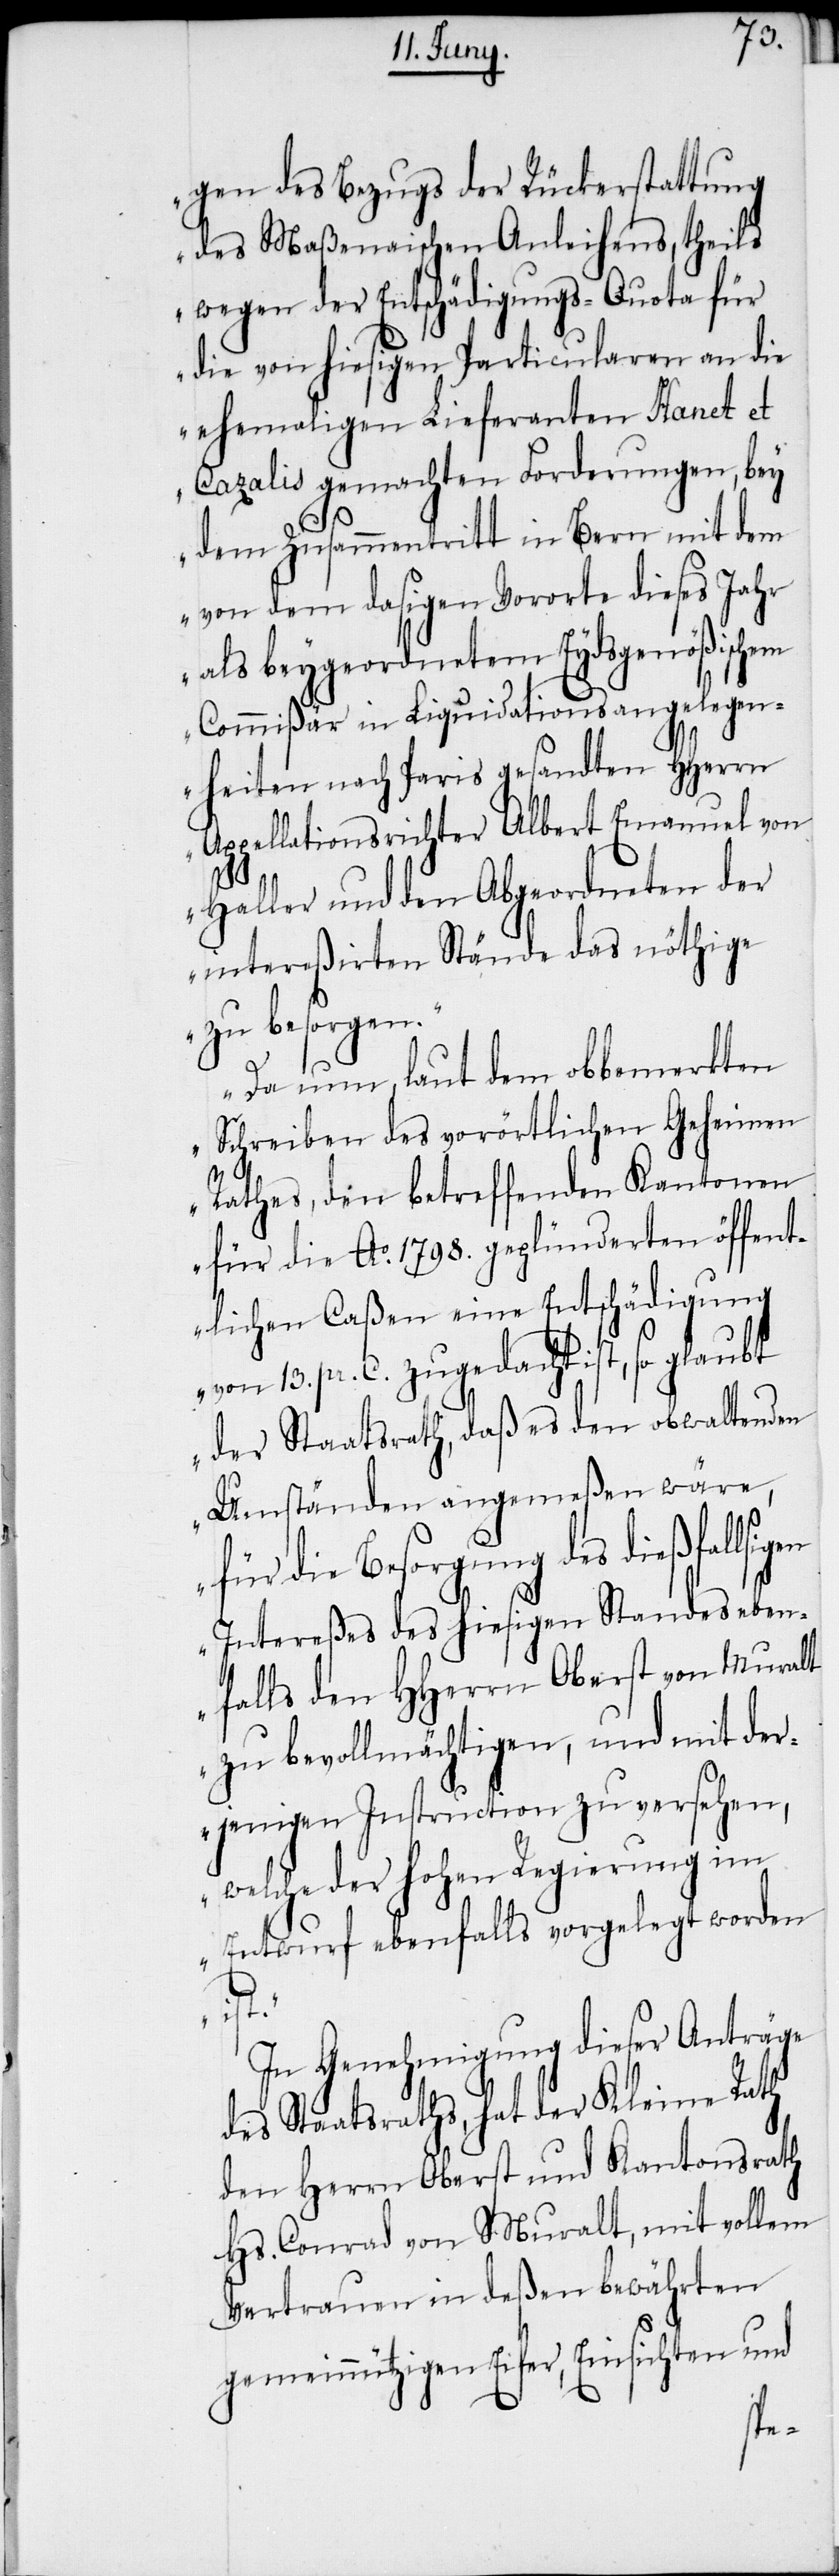
gen des Bezugs der Rückerstattung
des Maßenaischen Anleihens, theils
wegen der Entschädigungs-Quota für
die von hiesigen Particularen an die
ehemaligen Lieferanten Hanet et
Cazalis gemachten Forderungen, bey
dem Zusammentritt in Bern mit dem
von dem dasigen Vororte dieses Jahr
als beygeordnetem Eydsgenößischem
Commißär in Liquidationsangelegen¬
heiten nach Paris gesandten HHerrn
Appellationsrichter Albert Emanuel von
Haller und den Abgeordneten der
intereßirten Stände das nöthige
zu besorgen.“
„Da nun, laut dem obbemerkten
Schreiben des vorörtlichen Geheimen
Rathes, den betreffenden Kantonen
für die Ao. 1798. geplünderten öffent¬
lichen Caßen eine Entschädigung
von 13. pr. C. zugedacht ist, so glaubt
der Staatsrath, daß es den obwaltenden
Umständen angemeßen wäre,
die Besorgung des dießfal¬
Intereßes des hiesigen Standes eben¬
falls den HHerrn Oberst von Muralt
zu bevollmächtigen, und mit der¬
jenigen Instruction zu versehen,
welche der hohen Regierung im
Entwurf ebenfalls vorgelegt worden
ist.“
In Genehmigung dieser Anträge
des Staatsraths, hat der Kleine Rath
den Herrn Oberst und Kantonsrath
Hs. Conrad von Muralt, mit vollem
Vertrauen in deßen bewährten
gemeinnützigen Eifer, Einsichten und